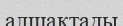
алшақтады